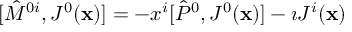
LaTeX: [ { \hat { M } } ^ { 0 i } , J ^ { 0 } ( { \bf x } ) ] = - x ^ { i } [ { \hat { P } } ^ { 0 } , J ^ { 0 } ( { \bf x } ) ] - \imath J ^ { i } ( { \bf x } )